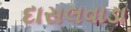
દાસલવાડા